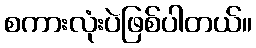
စကားလုံးပဲဖြစ်ပါတယ်။